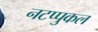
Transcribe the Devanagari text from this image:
नटप्पुकल